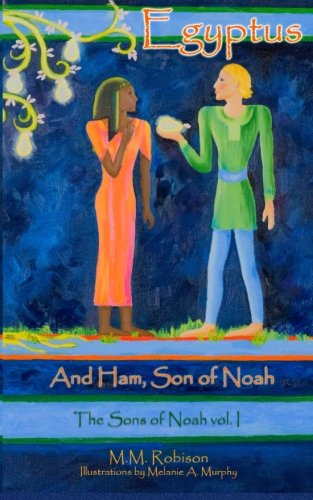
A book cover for Egyptus: And Ham, Son of Noah (The Sons of Noah) (Volume 1); M. M. Robison; Romance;